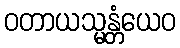
ဝတာယသ္မန္တံယေဝ